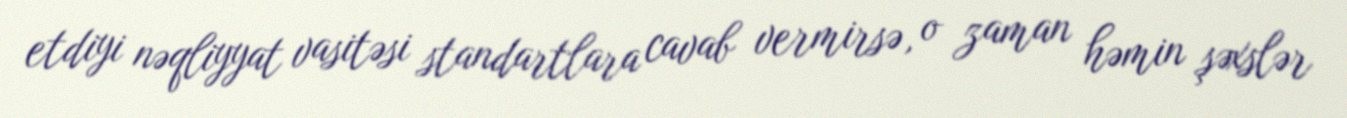
etdiyi nəqliyyat vasitəsi standartlara cavab vermirsə, o zaman həmin şəxslər